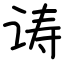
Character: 诪